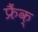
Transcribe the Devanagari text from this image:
फ्रैंक्